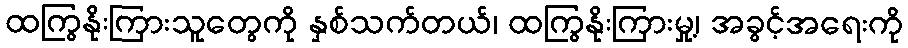
ထကြွနိုးကြားသူတွေကို နှစ်သက်တယ်၊ ထကြွနိုးကြားမှု့၊ အခွင့်အရေးကို